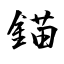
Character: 錨